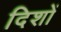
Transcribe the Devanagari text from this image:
दिशों